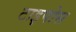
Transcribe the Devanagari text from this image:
टाइपोस